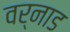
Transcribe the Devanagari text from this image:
वर्नाड